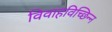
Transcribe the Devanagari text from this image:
विवाहविच्छिन्न